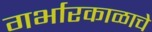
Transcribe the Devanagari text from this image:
गर्भारकाळाचे